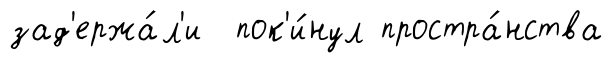
зад'ержа́л'и пок'и́нул простра́нства